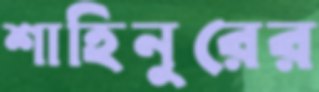
শাহিনুরের